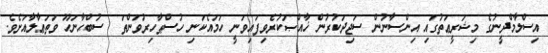
އިސްލާމްދީނުގެ މިޝަރީޢަތުގައި އިންސާނުން ސަޖިދަކުރުން ޚާއްޞަކުރެވިފައިވަނީ ހަމައެކަނި ހުސްޠާހިރުވަންތަ  ސުބްޙާނަހޫ ވަތަޢާލާއަށެވެ.